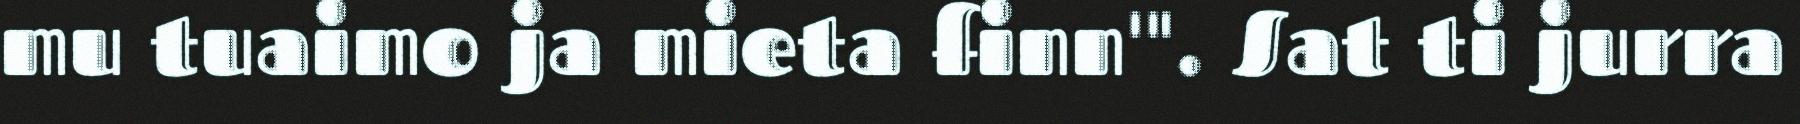
mu tuaimo ja mieta finn'". Sat ti jurra